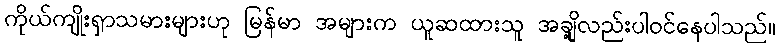
ကိုယ်ကျိုးရှာသမားများဟု မြန်မာ အများက ယူဆထားသူ အချို့လည်းပါဝင်နေပါသည်။